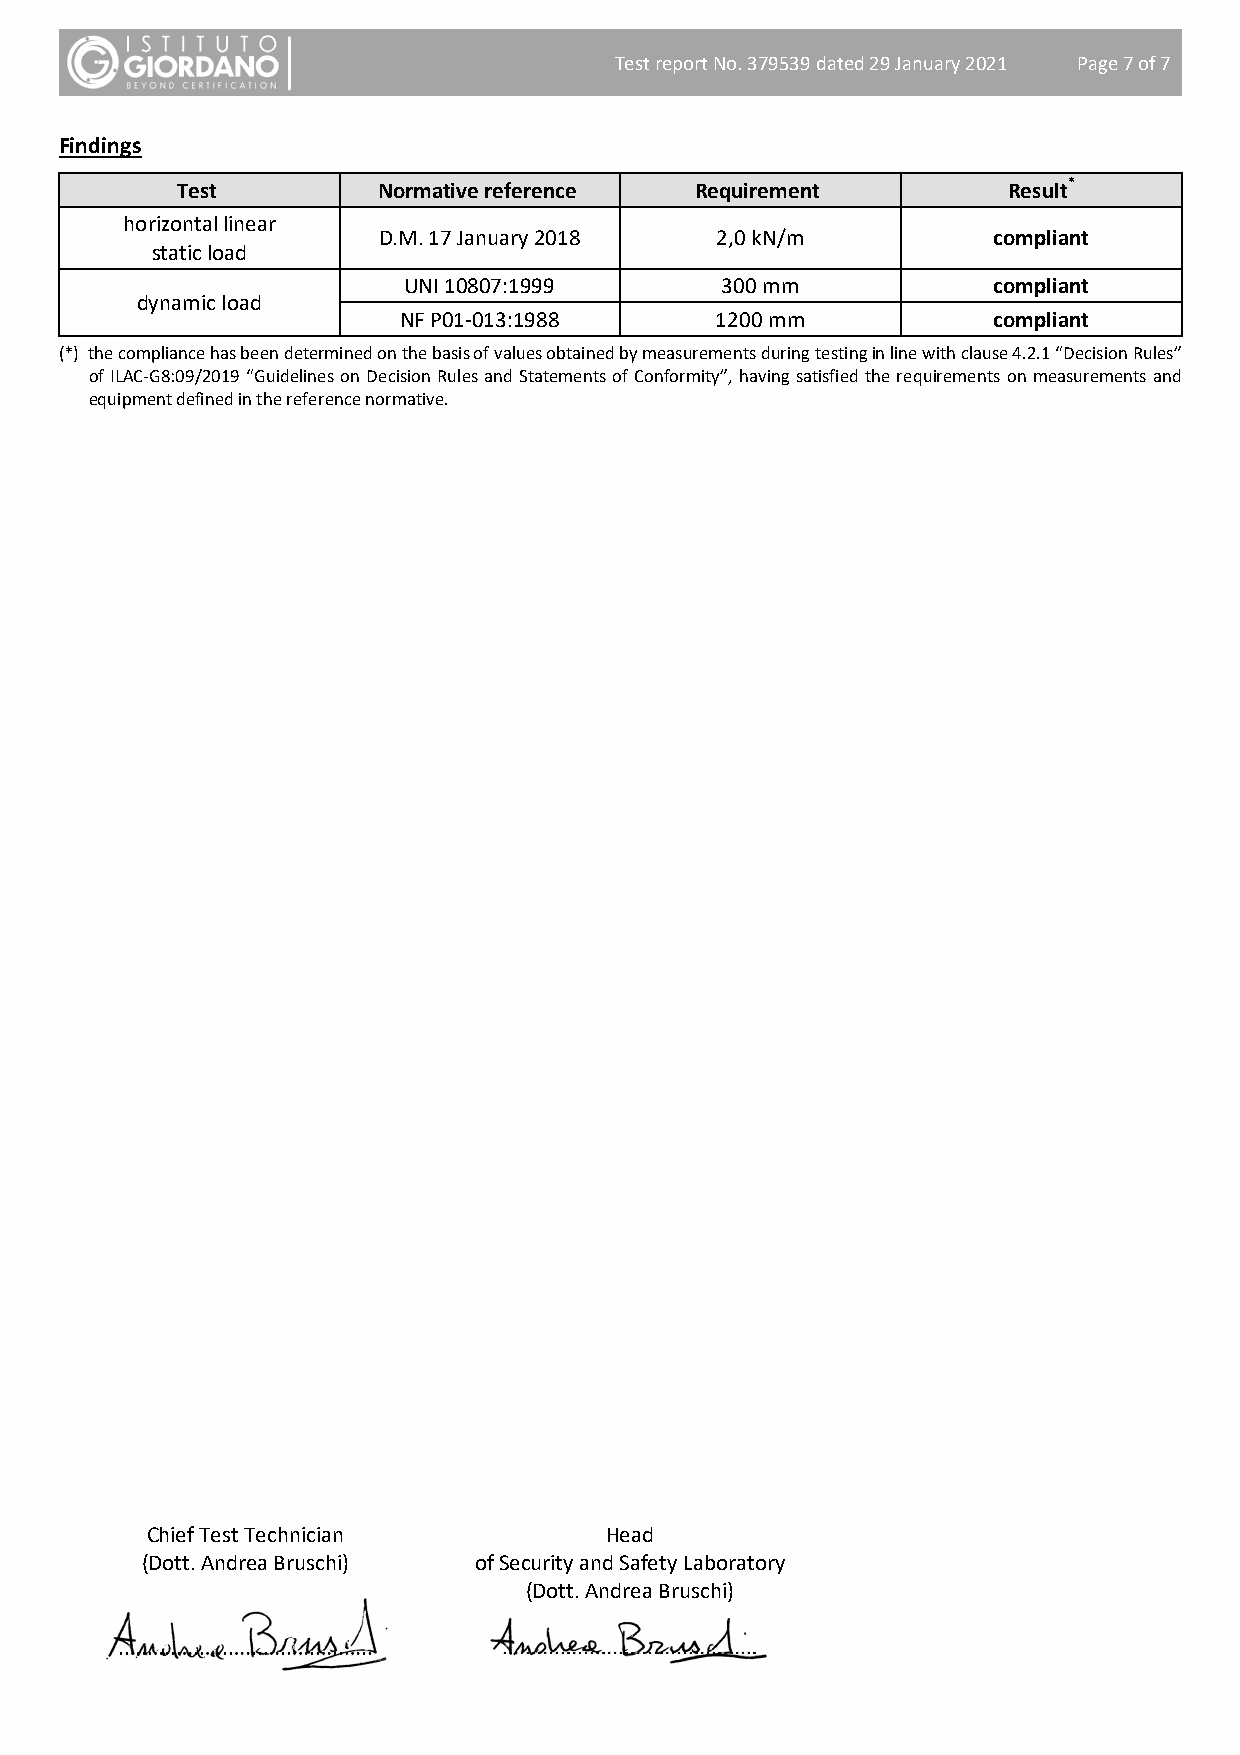
Test report No. 379539 dated 29 January 2021 Page 7 of 7
 Findings
 Test         Normative reference  Requirement          Result*
 horizontal linear
 D.M. 17 January 2018  2,0 kN/m           compliant
 static load
 UNI 10807:1999       300 mm            compliant
 dynamic load
 NF P01-013:1988      1200 mm            compliant
 (*) the compliance has been determined on the basis of values obtained by measurements during testing in line with clause 4.2.1 “Decision Rules”
 of ILAC-G8:09/2019 “Guidelines on Decision Rules and Statements of Conformity”, having satisfied the requirements on measurements and
 equipment defined in the reference normative.
 Chief Test Technician         Head
 (Dott. Andrea Bruschi) of Security and Safety Laboratory
 (Dott. Andrea Bruschi)
 ............................................ ............................................